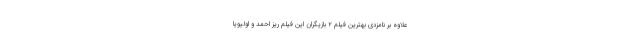
علاوه بر نامزدی بهترین فیلم 2 بازیگران این فیلم ریز احمد و اولیویا